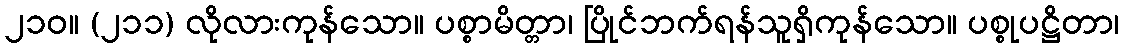
၂၁၀။ (၂၁၁) လိုလားကုန်သော။ ပစ္စာမိတ္တာ၊ ပြိုင်ဘက်ရန်သူရှိကုန်သော။ ပစ္စုပဋ္ဌိတာ၊